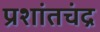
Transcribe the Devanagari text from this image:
प्रशांतचंद्र